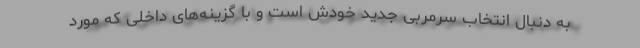
به دنبال انتخاب سرمربی جدید خودش است و با گزینه‌های داخلی که مورد